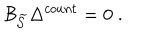
\mathcal { B } _ { \widetilde { \mathcal { S } } } \Delta ^ { c o u n t } = 0 \; .